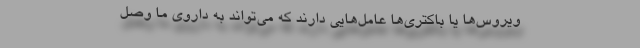
ویروس‌ها یا باکتری‌ها عامل‌هایی دارند که می‌تواند به داروی ما وصل